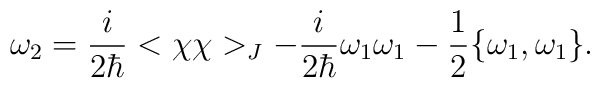
\omega_2={i\over 2\hbar}<\chi\chi>_J-{i\over2\hbar}\omega_1\omega_1-{1\over 2}\{\omega_1,\omega_1\}.